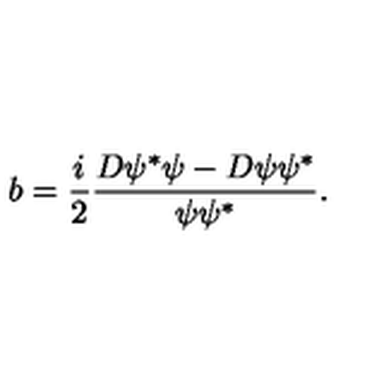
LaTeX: b = \frac i 2 \frac { D \psi ^ { * } \psi - D \psi \psi ^ { * } } { \psi \psi ^ { * } } .